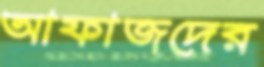
আফাজদের